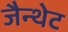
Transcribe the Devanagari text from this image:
जैन्थेट